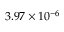
3 . 9 7 \times 1 0 ^ { - 6 }